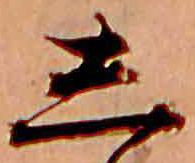
し